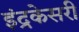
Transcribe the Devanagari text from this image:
इंद्रकेसरी